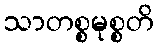
သာတစ္စမုစ္စတိ